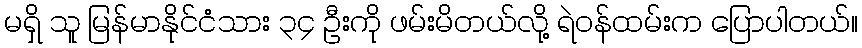
မရှိ သူ မြန်မာနိုင်ငံသား ၃၄ ဦးကို ဖမ်းမိတယ်လို့ ရဲဝန်ထမ်းက ပြောပါတယ်။